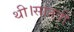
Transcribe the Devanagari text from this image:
थी।सातवीं